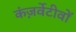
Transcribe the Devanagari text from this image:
कंज़र्वेटीवों